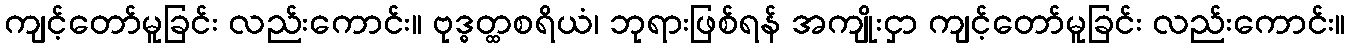
ကျင့်တော်မူခြင်း လည်းကောင်း။ ဗုဒ္ဓတ္ထစရိယံ၊ ဘုရားဖြစ်ရန် အကျိုးငှာ ကျင့်တော်မူခြင်း လည်းကောင်း။